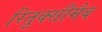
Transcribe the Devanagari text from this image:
रितुक्सीमैब